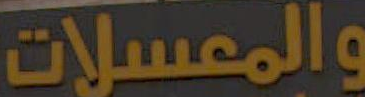
والمعسلات